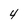
Character: 4